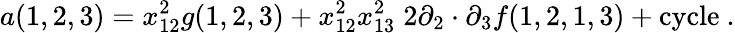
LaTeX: a(1,2,3)=x_{12}^{2}g(1,2,3)+x_{12}^{2}x_{13}^{2}\; 2\partial_{2}\cdot\partial_{3}f(1,2,1,3)+\mathrm{cycle}\ .